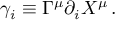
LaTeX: \gamma _ { i } \equiv \Gamma ^ { \mu } \partial _ { i } X ^ { \mu } \, .